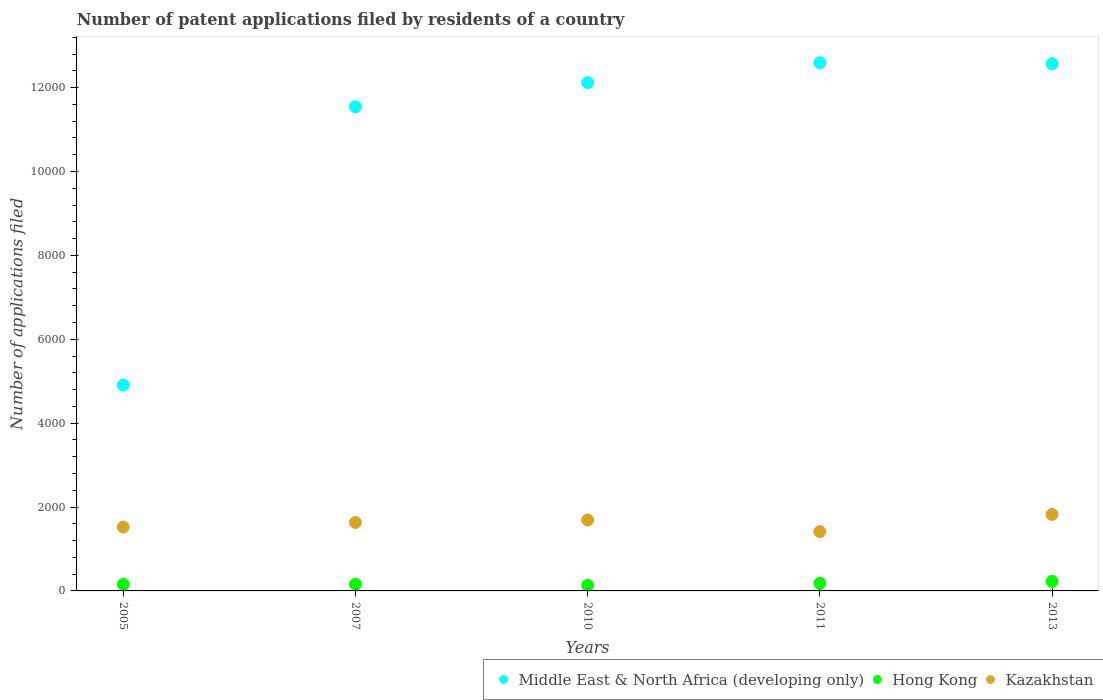
| Years | Middle East & North Africa (developing only) | Hong Kong | Kazakhstan |
 | --- | --- | --- | --- |
 | 2005 | 4.91e+03 | 156 | 1.52e+03 |
 | 2007 | 1.15e+04 | 160 | 1.63e+03 |
 | 2010 | 1.21e+04 | 133 | 1.69e+03 |
 | 2011 | 1.26e+04 | 181 | 1.42e+03 |
 | 2013 | 1.26e+04 | 226 | 1.82e+03 |